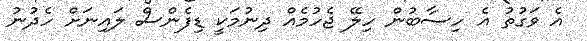
އެ ވަގުތު އެ ހިސާބުން ހިލޭ ޖެހުމެއް ދިނުމަކީ ޑިފެންސް ލައިނަށް ހެދުނު